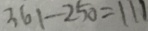
3 6 1 - 2 5 0 = 1 1 1